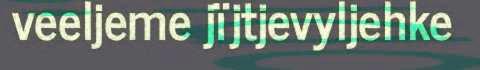
veeljeme jïjtjevyljehke